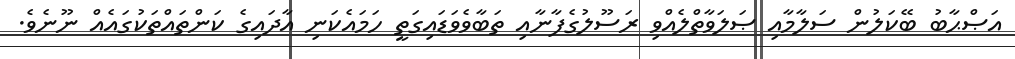
އަޞްޙާބު ބޭކަލުން ސަލާމާއި ޞަލަވާތްލެއްވި ރަސޫލުގެފާނާއި ތަބާވެވަޑައިގަތީ ހަމައެކަނި އާދައިގެ ކަންތައްތަކުގައެއް ނޫނެވެ.